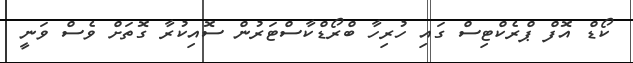
ކޯޑް އޮފް ޕްރެކްޓިސް ގައި ހުރިހާ ބްރޯޑްކާސްޓަރުން ސޮއިކުރާ ގޮތަށް ވެސް ވަނީ